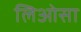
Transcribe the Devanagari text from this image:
लिओसा